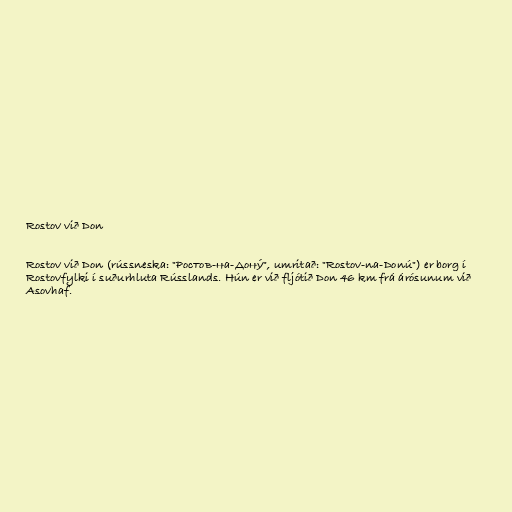
Rostov við Don

Rostov við Don (rússneska: "Ростов-на-Дону́", umritað: "Rostov-na-Donú") er borg í
Rostovfylki í suðurhluta Rússlands. Hún er við fljótið Don 46 km frá árósunum við
Asovhaf.